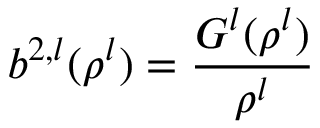
b ^ { 2 , l } ( \rho ^ { l } ) = \frac { G ^ { l } ( \rho ^ { l } ) } { \rho ^ { l } }